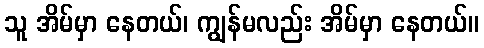
သူ အိမ်မှာ နေတယ်၊ ကျွန်မလည်း အိမ်မှာ နေတယ်။